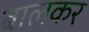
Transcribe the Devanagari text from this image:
बालकर